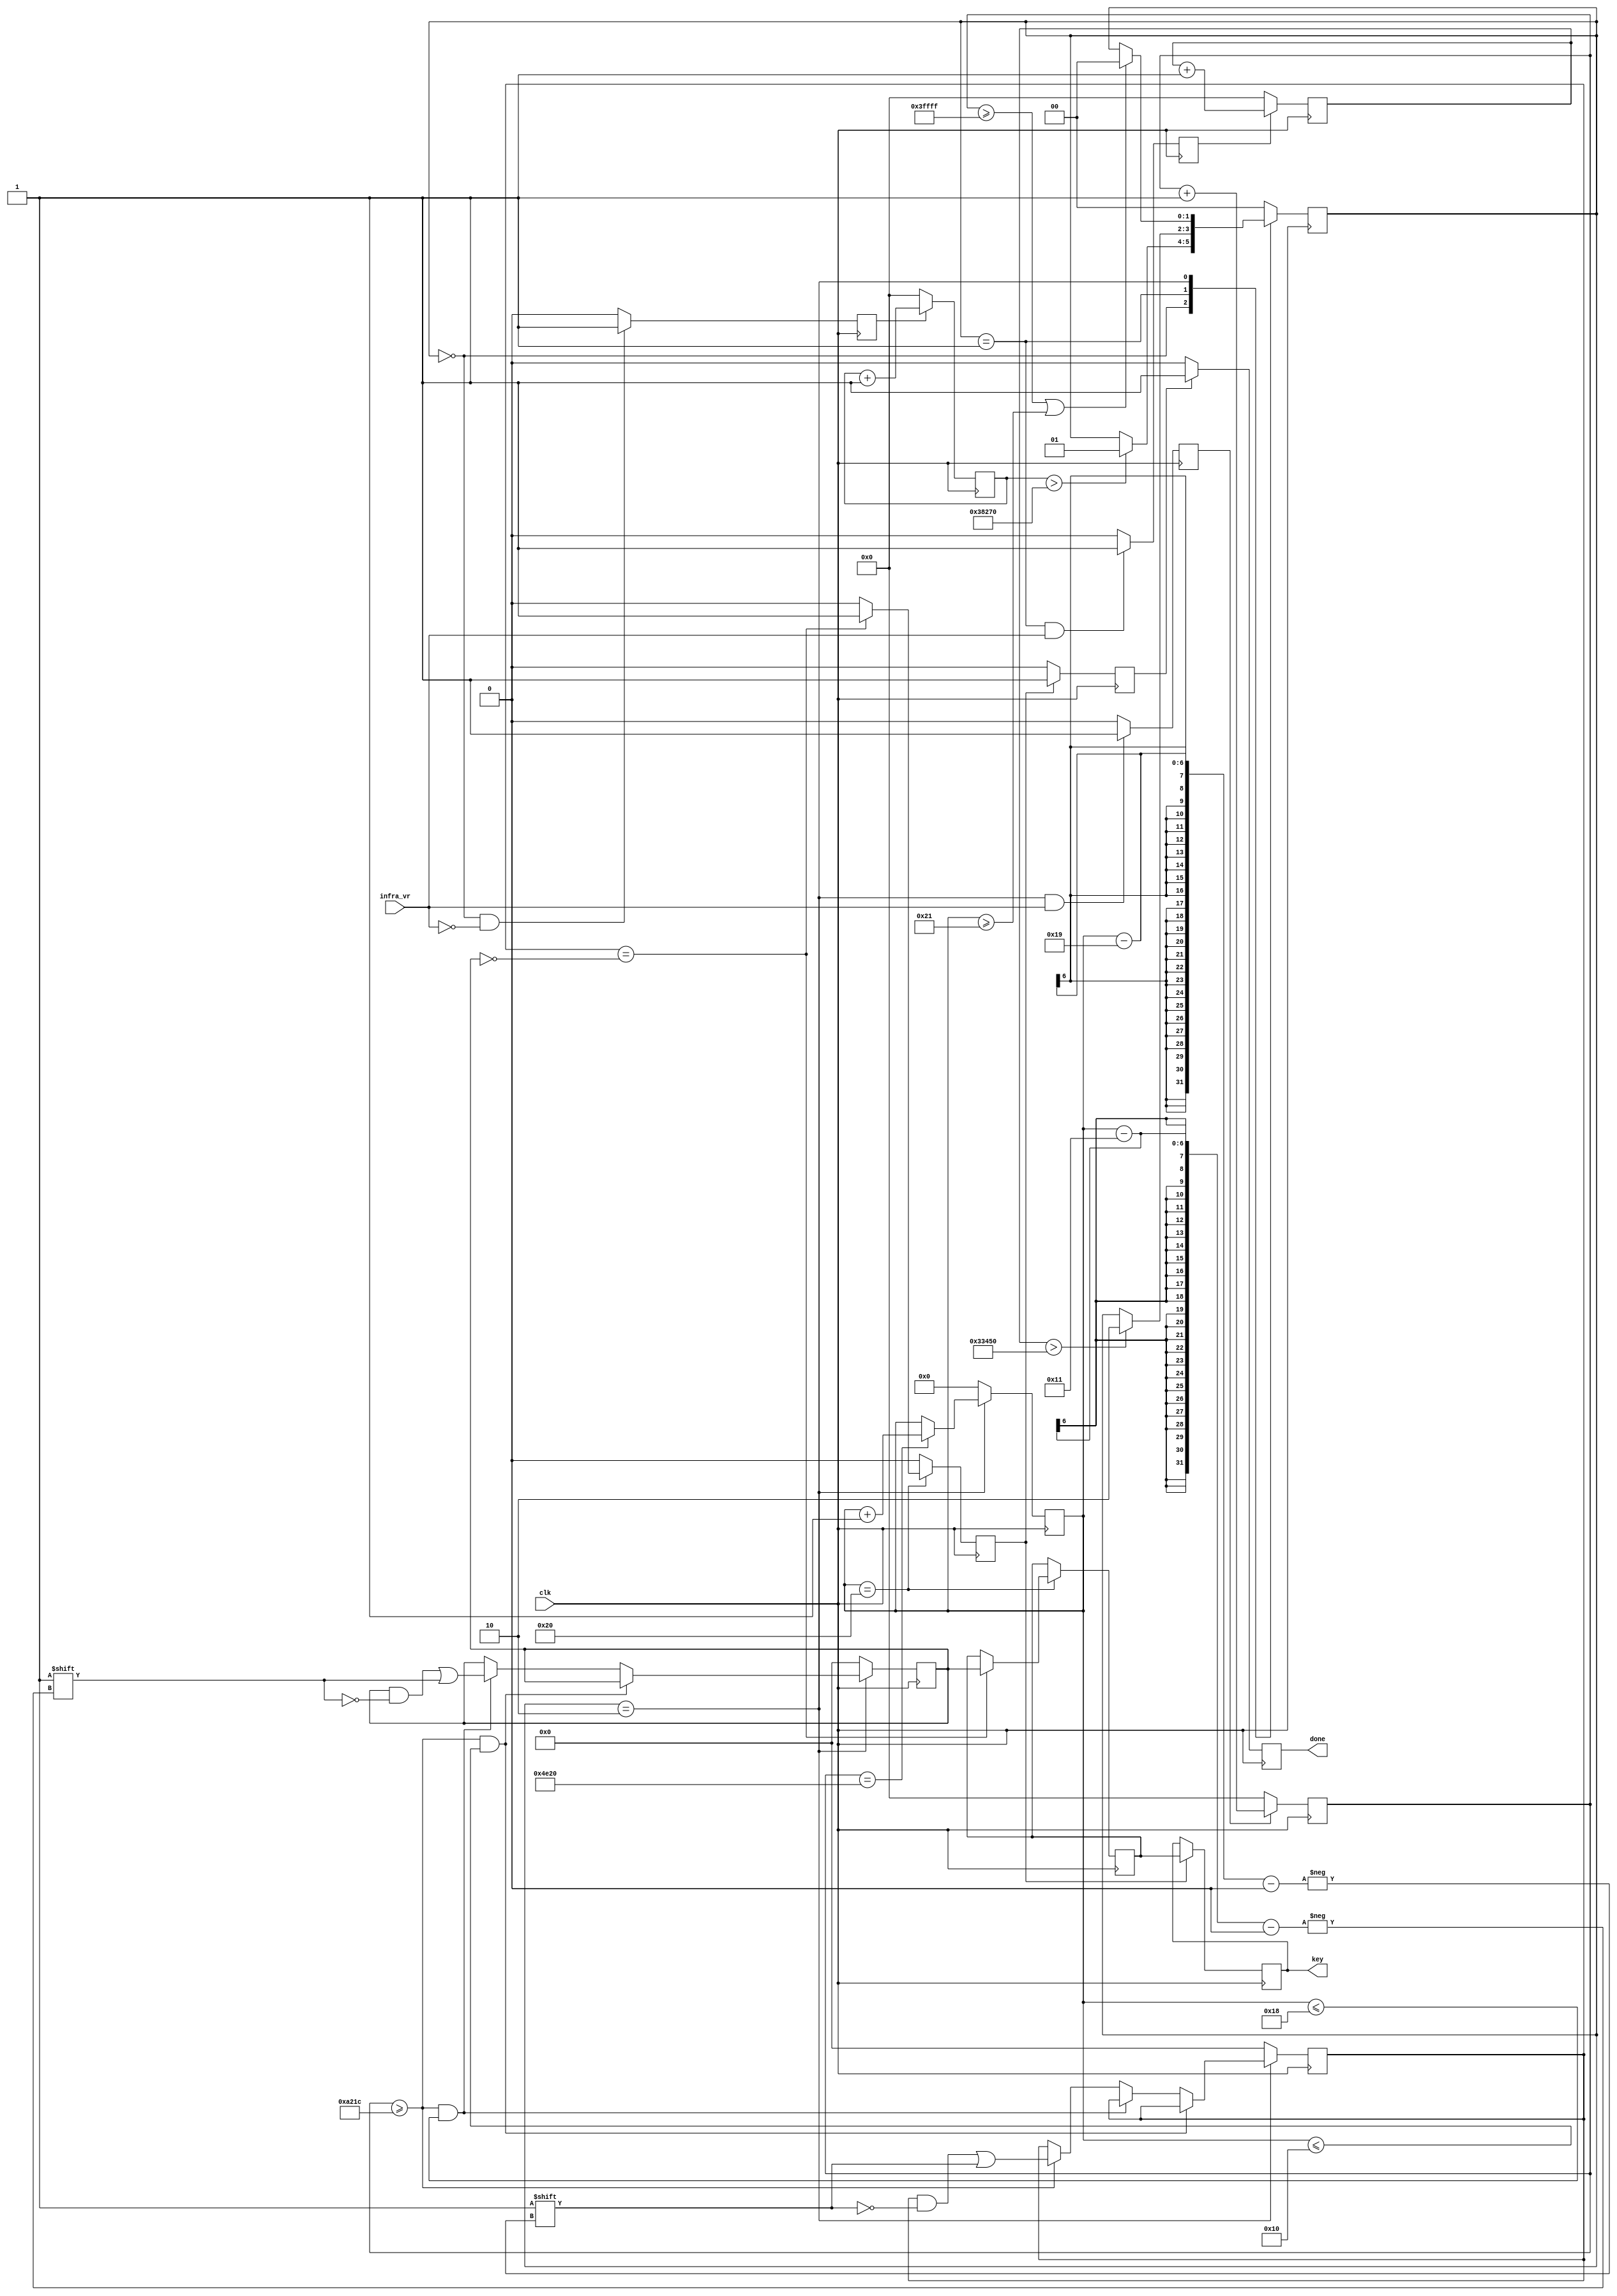
module decoder(clk, infra_vr, done, key);

parameter infinity_high_dur = 262143; // time_count - 262143*0.02us = 5.24ms, tempo do state 'read' para 'infinity'
parameter lead_low_dur = 230000; // lead_low_count - 230000*0.02us = 4.60ms, tempo do state 'infinity' para 'lead'
parameter lead_high_dur = 210000; // lead_high_count - 210000*0.02us = 4.20ms, 4.5-4.2 = 0.3ms < is_a_bit = 0.4ms, tempo do state 'lead' para 'read'
parameter read_high_dur = 41500; // time_count - 41500 *0.02us = 0.83ms, tempo no pos edge do infra_vr para saber se  1
parameter is_a_bit = 20000; // time_count - 20000 *0.02us = 0.4ms, tempo para informar que est recebendo 1 bit;

parameter infinity = 2'b00;    //sempre em high
parameter lead = 2'b01;    //9ms em low e 4.5 ms em high
parameter read = 2'b10;    //0.6ms em low, 0.52ms em high  0 e 1.66ms em high  1, 32bit no total.

input clk; 
input infra_vr;     
output done;
output [7:0] key;

reg [7:0] key;                
reg [7:0] key_temp;             
reg [7:0] data; 
reg [7:0] data_inverse; 
reg [15:0] trash;                
reg [17:0] lead_low_count;           
reg [17:0] lead_high_count;          
reg [17:0] time_count;           
reg [5:0] pos;             
reg [1:0] state;                
reg lead_low_bool;
reg lead_high_bool;      
reg time_count_bool;  
reg done_bool;          
reg data_ready, done;          
	
//assign done = data_ready;
initial done = 0;
initial done_bool = 0;

always @(posedge clk) 
	case (state)
 	   	infinity: begin
 	   		if (lead_low_count > lead_low_dur) begin 
 	   			 state <= lead; 
 	   		end       
 	   	end 
		lead: begin
			if (lead_high_count > lead_high_dur) begin
				state <= read;
			end  	
		end 
		read: begin
			if ((time_count >= infinity_high_dur) || (pos >= 33)) begin
				state <= infinity;
			end  	
		end 
	    default: begin
	    	state <= infinity; 
	    end
	endcase

always @(posedge clk) begin
		if (lead_low_bool)   
			 lead_low_count <= lead_low_count + 1'b1;
		else  
			 lead_low_count <= 0;	      	      		 	

	  	if ((state == infinity) && !infra_vr)
			 lead_low_bool <= 1'b1;
		else                           
			 lead_low_bool <= 1'b0;		     		 	
      
	  	if (lead_high_bool)   
			 lead_high_count <= lead_high_count + 1'b1;
		else  
			 lead_high_count <= 0;	          		 	

	  	if ((state == lead) && infra_vr)
			 lead_high_bool <= 1'b1;
		else  
			 lead_high_bool <= 1'b0;     		 	

	 	if(time_count_bool)     
			 time_count <= time_count + 1'b1;
		else 
			 time_count <= 1'b0;   

	 	if ((state == read) && infra_vr)
			 time_count_bool <= 1'b1;  
		else
			 time_count_bool <= 1'b0; 

end

always @(posedge clk) begin
    	
	if (state == read) begin
		if (time_count == is_a_bit)
				pos <= pos + 1'b1;
	end else
     	pos <= 6'b0;

	if (state == read) begin
		 if (time_count >= read_high_dur && pos <= 16) begin
			trash[pos-1'b1] <= 1'b1; 

		 end else if (time_count >= read_high_dur && pos <= 24) begin
		 	data[pos-17] <= 1'b1; 

		 end else if (time_count >= read_high_dur) begin
		 	data_inverse[pos-25] <= 1'b1; 

		 end

	end else begin
		data <= 0;
		data_inverse <= 0;
		trash <= 0;
	end
end
	
always @(posedge clk) begin

	if (pos == 32) begin
		if (data_inverse[7:0] == ~data[7:0]) begin		
			key_temp <= data;     
			data_ready <= 1'b1;  
		end	else
			data_ready <= 1'b0 ; 
	end else
		data_ready <= 1'b0 ;

	if(done_bool==1) begin
		done <= 1;
		done_bool <= 0;
	end else
		done <= 0;
	if (data_ready) begin
	    key <= key_temp; 
	    done_bool <= 1;
	end
	
end
					
endmodule